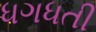
ધગધતી